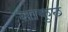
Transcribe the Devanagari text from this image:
साकुछ